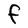
Character: F